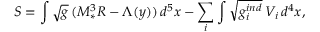
S = \int \sqrt { g } \, ( M _ { * } ^ { 3 } R - \Lambda ( y ) ) \, d ^ { 5 } x - \sum _ { i } \int \sqrt { g _ { i } ^ { i n d } } \, V _ { i } \, d ^ { 4 } x ,